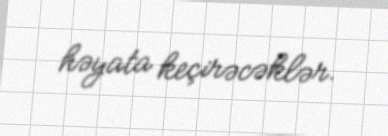
həyata keçirəcəklər.